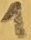
Text: 1